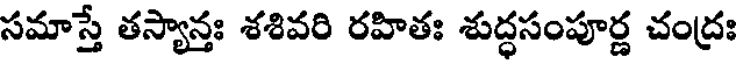
సమాస్తే తస్యాన్తః శశివరి రహితః శుద్ధసంపూర్ణ చంద్రః